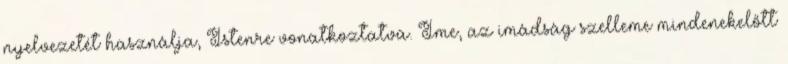
nyelvezetét használja, Istenre vonatkoztatva. Íme, az imádság szelleme mindenekelőtt